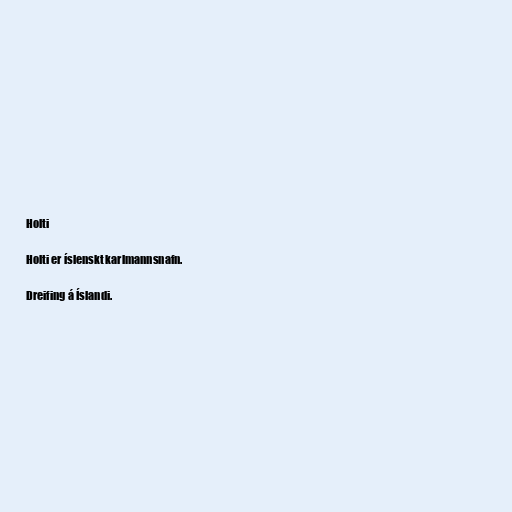
Holti

Holti er íslenskt karlmannsnafn.

Dreifing á Íslandi.